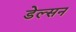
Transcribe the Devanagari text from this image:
डेल्सन